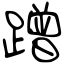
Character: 蹭